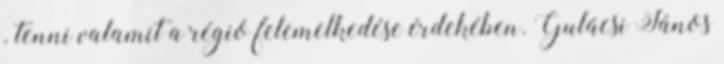
. tenni valamit a régió felemelkedése érdekében. Gulácsi János